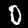
Label: 0